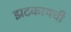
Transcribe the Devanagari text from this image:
झटकायची